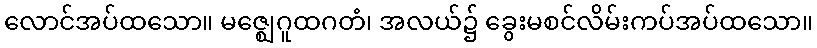
လောင်အပ်ထသော။ မဇ္ဈေဂူထဂတံ၊ အလယ်၌ ခွေးမစင်လိမ်းကပ်အပ်ထသော။